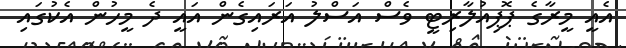
އެއީ މީރާގެ ޕޮޕިއުލާރިޓީ ވެސް އަސްލު އަރައިގެން އައީ ދެ މީހުން އެކުގައި